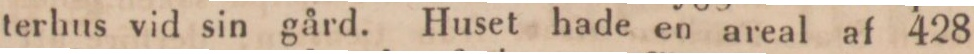
terhus vid sin gård. Huset hade en areal af 428